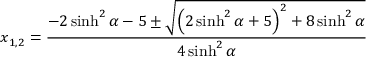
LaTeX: x _ { 1 , 2 } = \frac { - 2 \sinh ^ { 2 } \alpha - 5 \pm \sqrt { \left( 2 \sinh ^ { 2 } { \alpha } + 5 \right) ^ { 2 } + 8 \sinh ^ { 2 } { \alpha } } } { 4 \sinh ^ { 2 } { \alpha } }